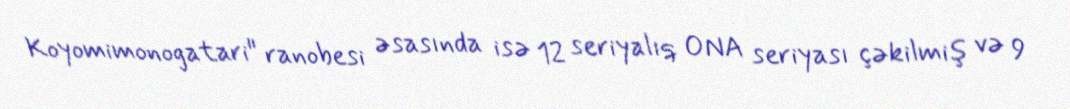
Koyomimonogatari" ranobesi əsasında isə 12 seriyalıq ONA seriyası çəkilmiş və 9